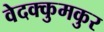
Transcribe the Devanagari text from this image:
वेदक्कुमकुर